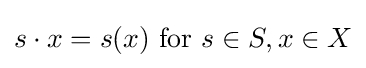
s\cdot x=s(x){\text{ for }}s\in S,x\in X